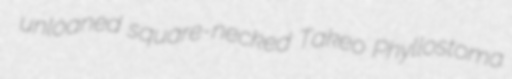
unloaned square-necked Takeo Phyllostoma